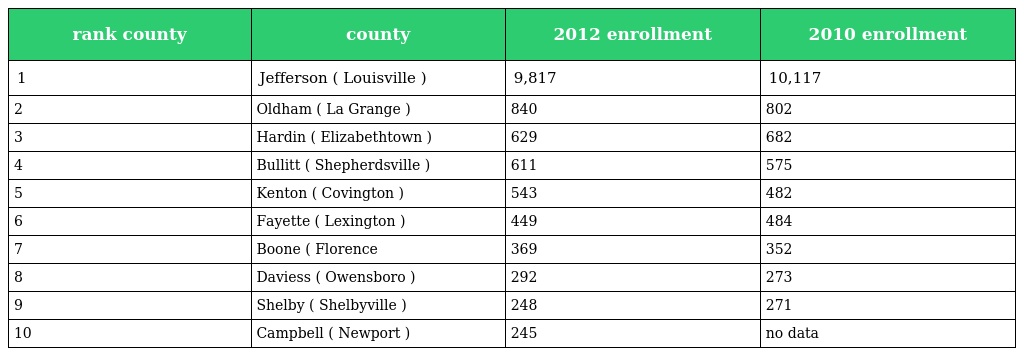
| rank county | county | 2012 enrollment | 2010 enrollment |
 | --- | --- | --- | --- |
 | 1 | Jefferson ( Louisville ) | 9,817 | 10,117 |
 | 2 | Oldham ( La Grange ) | 840 | 802 |
 | 3 | Hardin ( Elizabethtown ) | 629 | 682 |
 | 4 | Bullitt ( Shepherdsville ) | 611 | 575 |
 | 5 | Kenton ( Covington ) | 543 | 482 |
 | 6 | Fayette ( Lexington ) | 449 | 484 |
 | 7 | Boone ( Florence | 369 | 352 |
 | 8 | Daviess ( Owensboro ) | 292 | 273 |
 | 9 | Shelby ( Shelbyville ) | 248 | 271 |
 | 10 | Campbell ( Newport ) | 245 | no data |